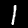
Digit: 1